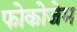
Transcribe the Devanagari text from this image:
फोकोजेम